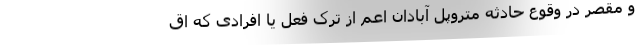
و مقصر در وقوع حادثه متروپل آبادان اعم از ترک فعل یا افرادی که اق